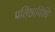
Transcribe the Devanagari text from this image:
प्रतिष्ठाविधि